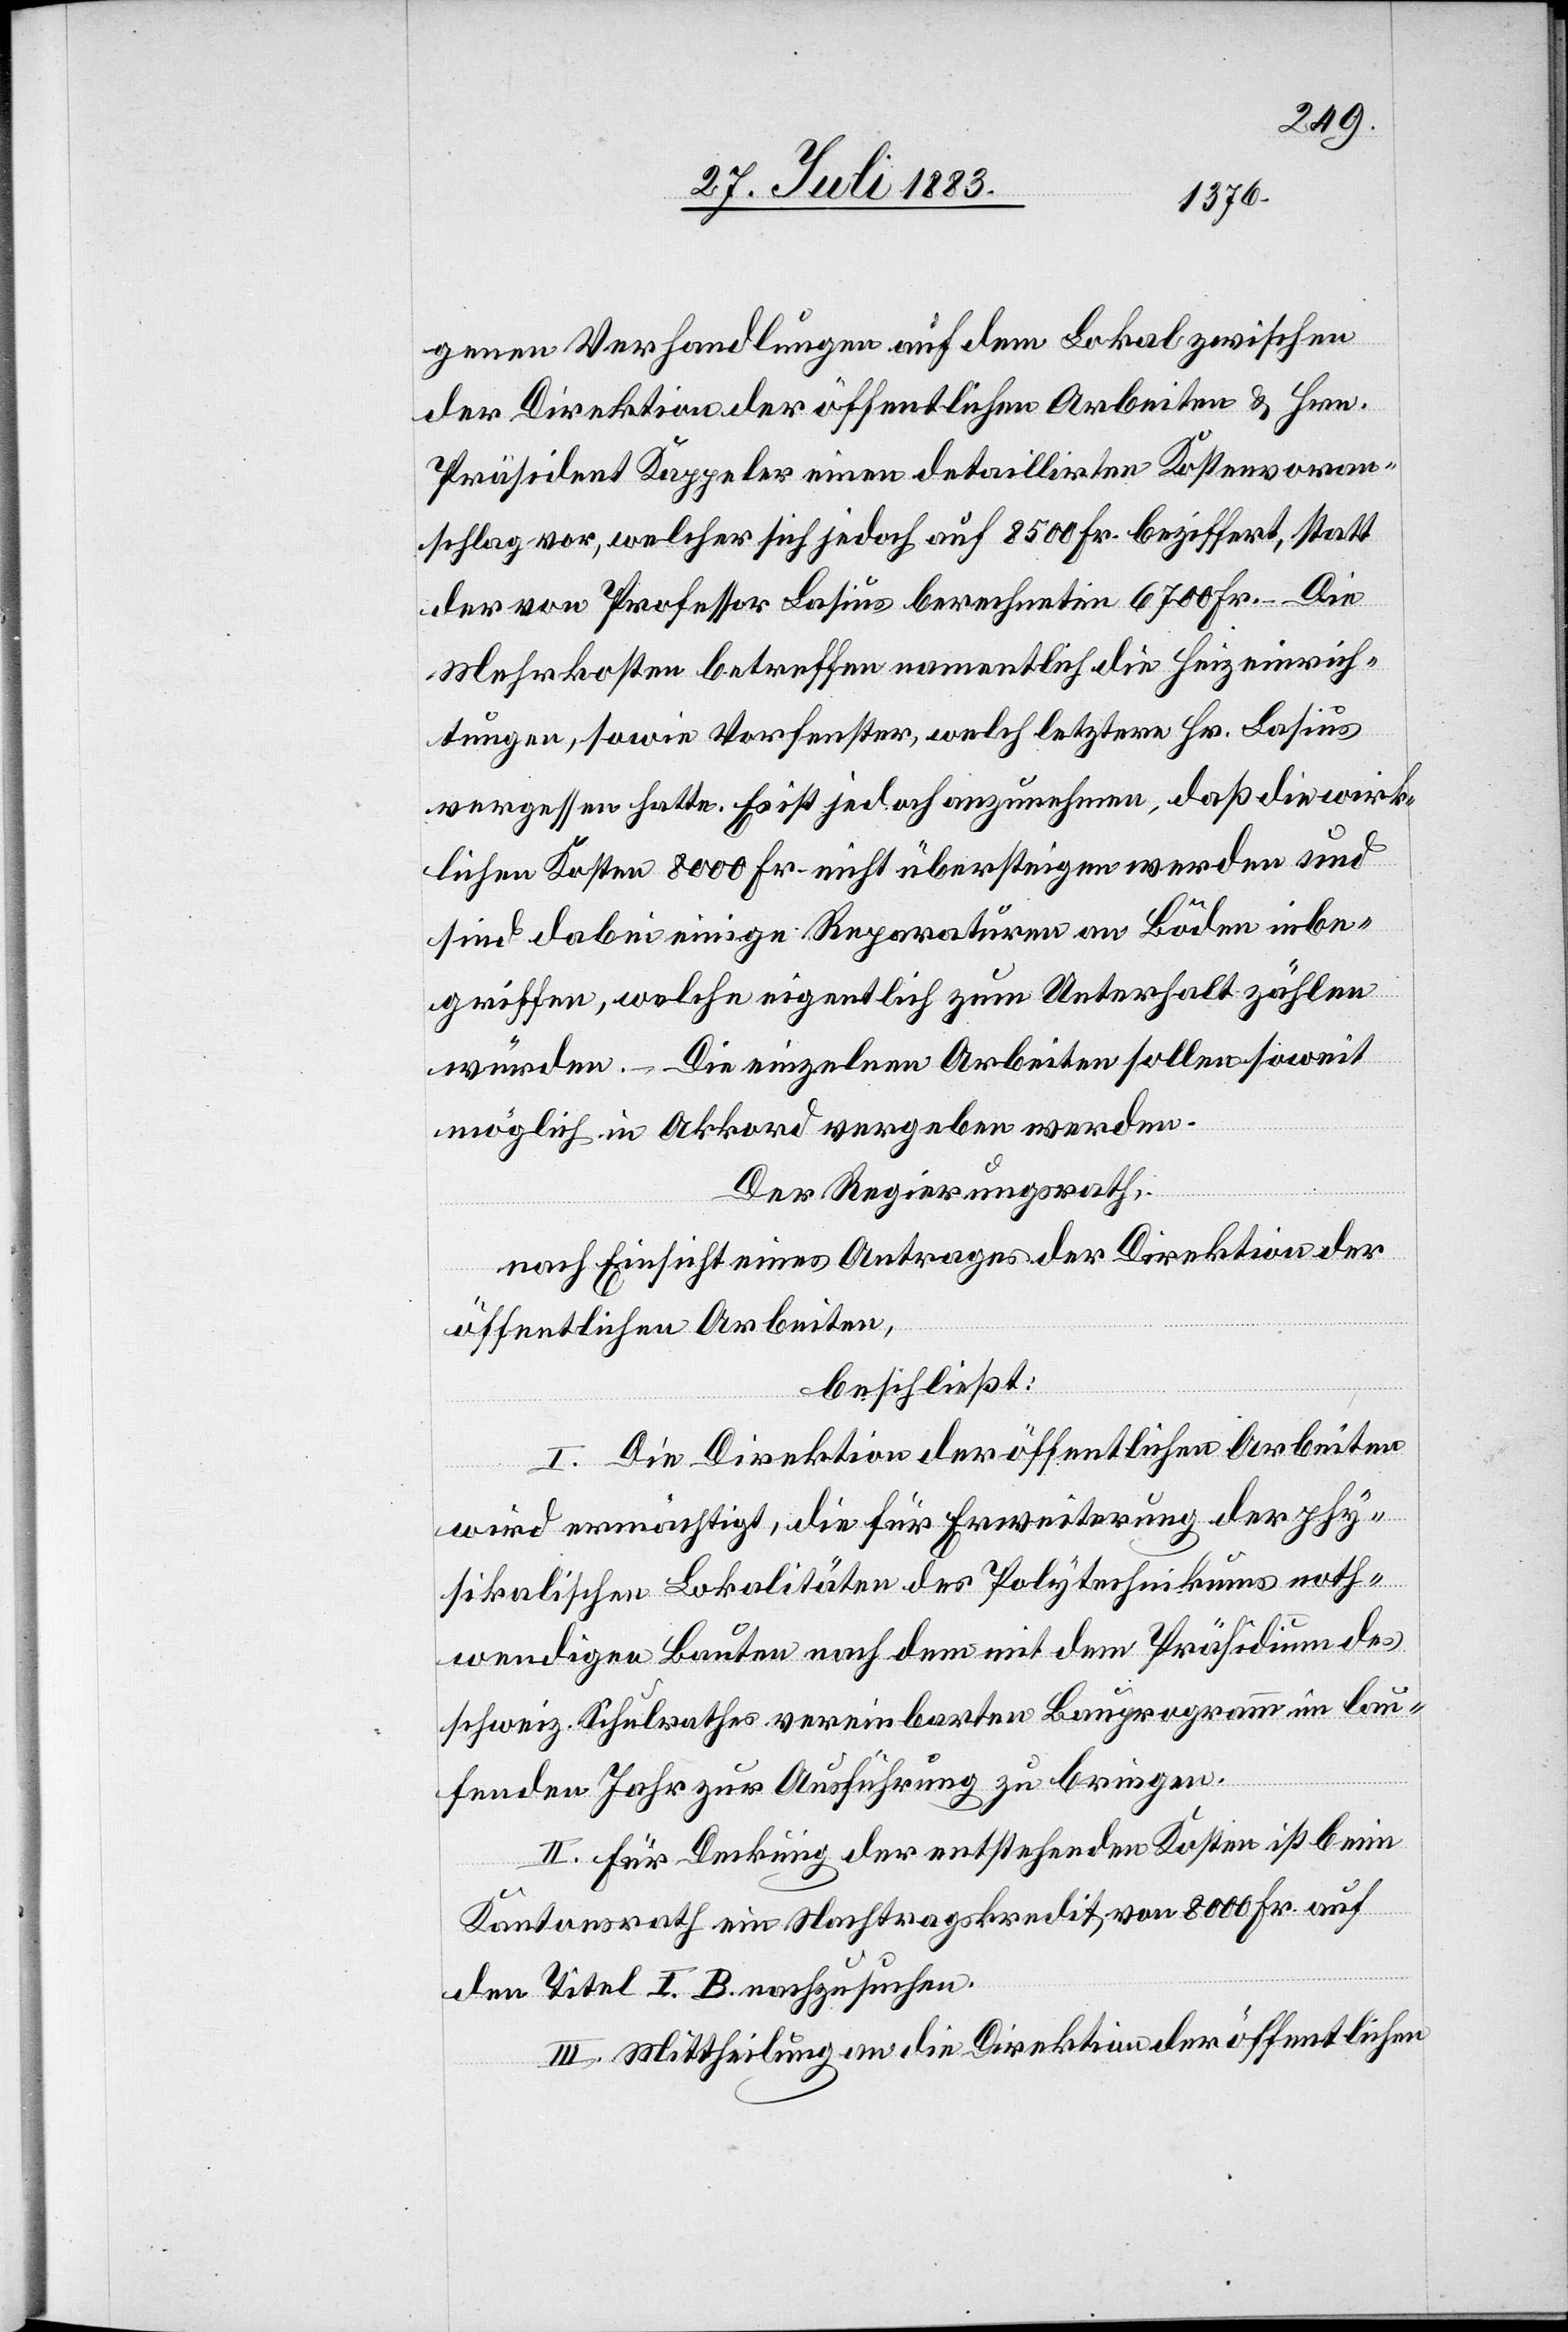
genen Verhandlungen auf dem Lokal zwischen
der Direktion der öffentlichen Arbeiten & Hrn.
Präsident Kappeler einen detaillirten Kostenvoran¬
schlag vor, welcher sich jedoch auf 8500 Fr. beziffert, statt
der von Professor Basius berechneten 6700 Fr. – Die
Mehrkosten betreffen namentlich die Heizeinrich¬
tungen, sowie Vorfenster, welch letztere Hr. Basius
vergessen hatte. Es ist jedoch anzunehmen, daß die wirk¬
lichen Kosten 8000 Fr. nicht übersteigen werden und
sind dabei einige Reparaturen an Böden inbe¬
griffen, welche eigentlich zum Unterhalt zählen
würden. – Die einzelnen Arbeiten sollen soweit
möglich in Akkord vergeben werden.
Der Regierungsrath,
nach Einsicht eines Antrages der Direktion der
öffentlichen Arbeiten,
beschließt:
I. Die Direktion der öffentlichen Arbeiten
wird ermächtigt, die für Erweiterung der phy¬
sikalischen Lokalitäten des Polytechnikums noth¬
wendigen Bauten nach dem mit dem Präsidium des
schweiz. Schulrathes vereinbarten Bauprogramm im lau¬
fenden Jahr zur Ausführung zu bringen.
II. Für Deckung der entstehenden Kosten ist beim
Kantonsrath ein Nachtragskredit von 8000 Fr. auf
den Titel I. B. nachzusuchen.
III. Mittheilung an die Direktion der öffentlichen